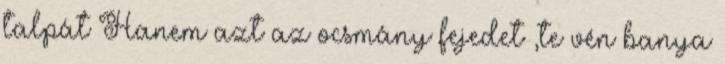
talpát Hanem azt az ocsmány fejedet ,te vén banya